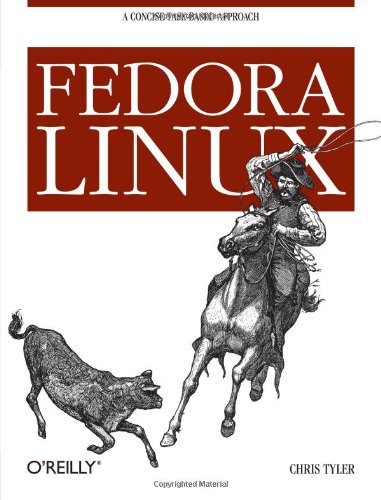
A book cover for Fedora Linux: A Complete Guide to Red Hat's Community Distribution; Chris Tyler; Computers & Technology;